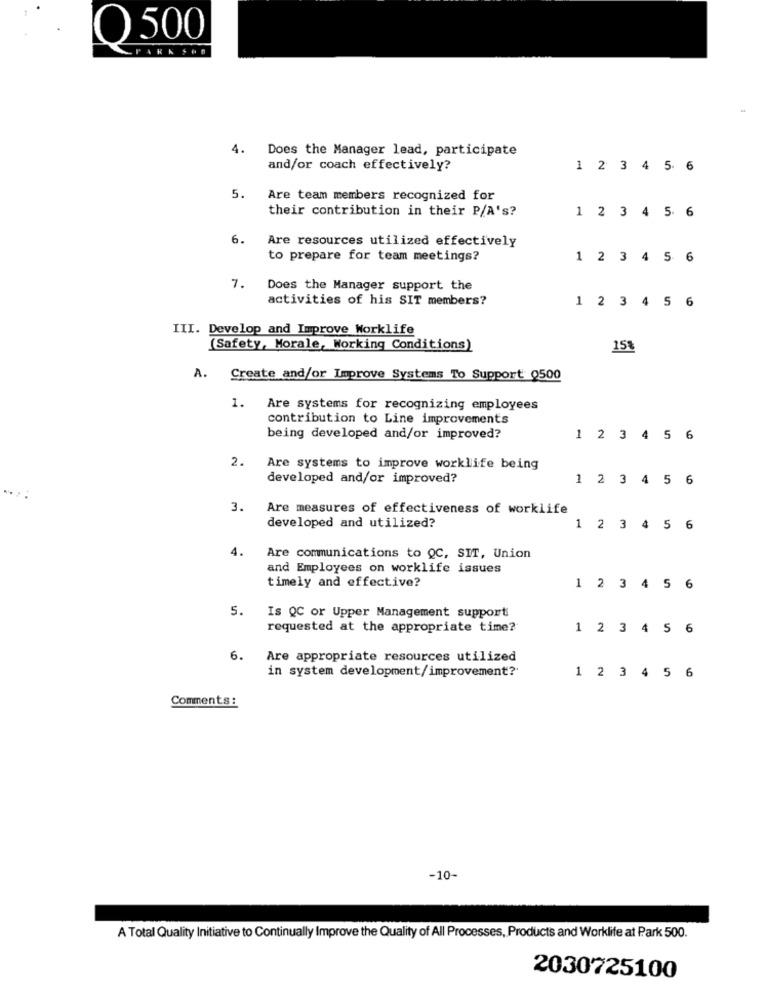
Q500
4.
Does the Manager lead, participate
and/or coach effectively?
1 2 3 4 5.
5.
Are team members recognized for
their contribution in their P/A's?
1 2 3 4 5.
6.
Are resources utilized effectively
to prepare for team meetings?
1 2 3 4 5 6
7.
Does the Manager support the
activities of his SIT members?
1 2 3 4 5 6
III. Develop and Improve Worklife
(Safety, Morale, Working Conditions)
15%
. Create and/or Improve Systems To Support 0500
1.
Are systems for recognizing employees
contribution to Line improvements
being developed and/or improved?
1 2 3 4 5 6
2.
Are systems to improve worklife being
developed and/or improved?
1 2 3 4 5 6
3.
Are measures of effectiveness of worklife
developed and utilized?
1 2 3 4 5 6
4.
Are communications to QC, SIT, Union
and Employees on worklife issues
timely and effective?
1 2 3 4 5 6
5.
Is QC or Upper Management support
requested at the appropriate time?
1 2 3 4 5 6
6.
Are appropriate resources utilized
in system development/improvement?'
1 2 3 4 5 6
Comments:
-10
A Total Quality Initiative to Continually Improve the Quality of All Processes, Products and Worklife at Park 500.
2030725100